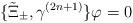
LaTeX: \begin{align*}\{\tilde{\Xi}_\pm,\gamma^{(2n+1)}\}\varphi=0\end{align*}